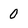
Character: 0